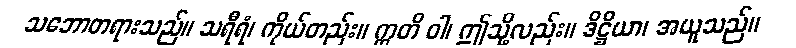
သဘောတရားသည်။ သရီရံ၊ ကိုယ်တည်း။ ဣတိ ဝါ၊ ဤသို့လည်း။ ဒိဋ္ဌိယာ၊ အယူသည်။